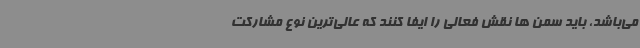
می‌باشد، باید سمن ها نقش فعالی را ایفا ‌کنند که عالی‌ترین نوع مشارکت